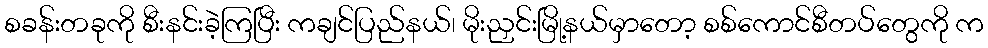
စခန်းတခုကို စီးနင်းခဲ့ကြပြီး ကချင်ပြည်နယ်၊ မိုးညှင်းမြို့နယ်မှာတော့ စစ်ကောင်စီတပ်တွေကို က